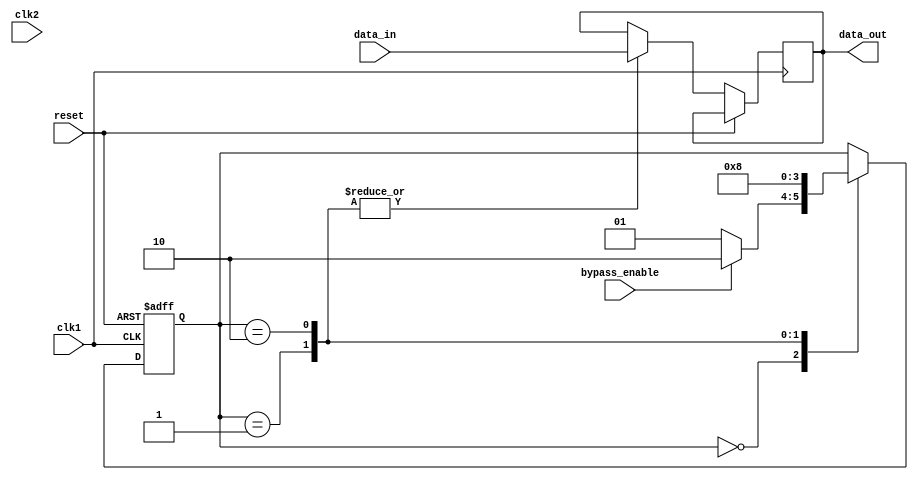
module CascadeBypassRegister (
    input wire clk1,                  // Clock signal for first clock domain
    input wire clk2,                  // Clock signal for second clock domain
    input wire reset,                 // Reset signal
    input wire bypass_enable,         // Enable signal for bypass functionality
    input wire data_in,               // Input data
    output reg data_out               // Output data
);

reg [1:0] state;

always @(posedge clk1 or posedge reset) begin
    if (reset) begin
        state <= 2'b00;
    end else begin
        case (state)
            2'b00: begin // Idle state
                if (bypass_enable) begin
                    state <= 2'b10;
                end else begin
                    state <= 2'b01;
                end
            end
            2'b01: begin // Transfer state
                data_out <= data_in;
                state <= 2'b10;
            end
            2'b10: begin // Bypass state
                data_out <= data_in;
                state <= 2'b00;
            end
        endcase
    end
end

endmodule